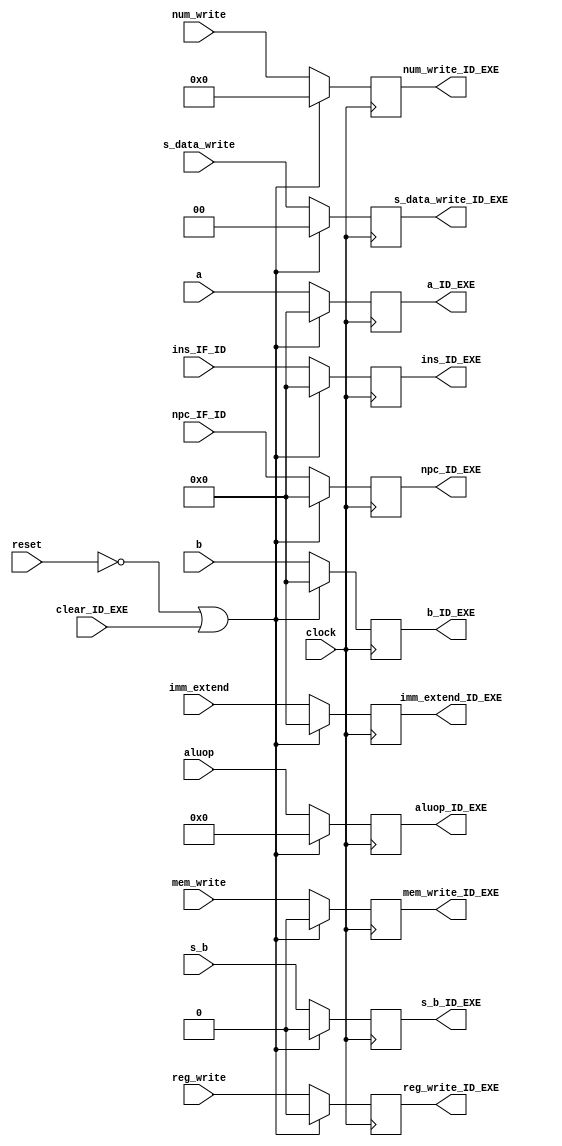
module id_exe(clock,reset,npc_IF_ID,a,b,imm_extend,num_write,aluop,s_b,mem_write,s_data_write,reg_write,ins_IF_ID,clear_ID_EXE,
npc_ID_EXE,a_ID_EXE,b_ID_EXE,imm_extend_ID_EXE,num_write_ID_EXE,s_b_ID_EXE,aluop_ID_EXE,mem_write_ID_EXE,s_data_write_ID_EXE,reg_write_ID_EXE,ins_ID_EXE );

	input clock;
	input reset;
	
	input [31:0] npc_IF_ID;
	
	input [31:0] a;
	input [31:0] b;
	input [3:0] aluop;

	input [31:0] imm_extend;
	input mem_write;	
	input [4:0] num_write;
	input reg_write;
	input s_b;
	input [1:0] s_data_write;

	input [31:0] ins_IF_ID;

	input clear_ID_EXE;

	output reg [31:0] npc_ID_EXE;
	
	output reg [31:0] a_ID_EXE;
	output reg [31:0] b_ID_EXE;
	output reg [3:0] aluop_ID_EXE;

	output reg [31:0] imm_extend_ID_EXE;	
	output reg mem_write_ID_EXE;
	output reg [4:0] num_write_ID_EXE;
	output reg reg_write_ID_EXE;
	output reg s_b_ID_EXE;
	output reg [1:0] s_data_write_ID_EXE;

	output reg [31:0] ins_ID_EXE;
	
	
	always@(posedge clock) 
		begin
			if(reset==0||clear_ID_EXE) 
				begin
					npc_ID_EXE<=32'h0000_0000;
					a_ID_EXE<=32'h0000_0000;
					b_ID_EXE<=32'h0000_0000;
					aluop_ID_EXE<=4'b0000;
					imm_extend_ID_EXE<=32'h0000_0000;
					mem_write_ID_EXE<=0;
					num_write_ID_EXE<=5'b00000;
					reg_write_ID_EXE<=0;
					s_b_ID_EXE<=0;
					s_data_write_ID_EXE<=2'b00;
					ins_ID_EXE<=32'h0000_0000;
				end
			else 
				begin
					npc_ID_EXE<=npc_IF_ID;
					a_ID_EXE<=a;
					b_ID_EXE<=b;
					aluop_ID_EXE<=aluop;
					imm_extend_ID_EXE<=imm_extend;
					mem_write_ID_EXE<=mem_write;
					num_write_ID_EXE<=num_write;
					reg_write_ID_EXE<=reg_write;
					s_b_ID_EXE<=s_b;
					s_data_write_ID_EXE<=s_data_write;
					ins_ID_EXE<=ins_IF_ID;
				end
		end

endmodule